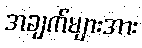
အချက်များအား